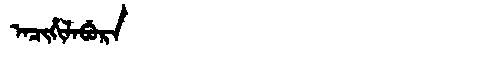
Manchu: ᠠᠴᡳᡥᡳᠯᠠᠪᡠᡵᠠ
Romanization: ACIHILABURA